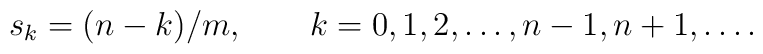
s_k = (n-k)/m,  \qquad  k=0,1,2,\ldots,n-1,n+1, \dots.